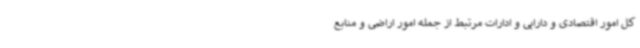
کل امور اقتصادی و دارایی و ادارات مرتبط از جمله امور اراضی و منابع